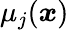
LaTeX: \mu_{j}(\boldsymbol{x})